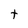
Character: t